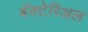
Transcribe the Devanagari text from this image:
बॅक्टेरिअल